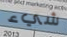
شيء